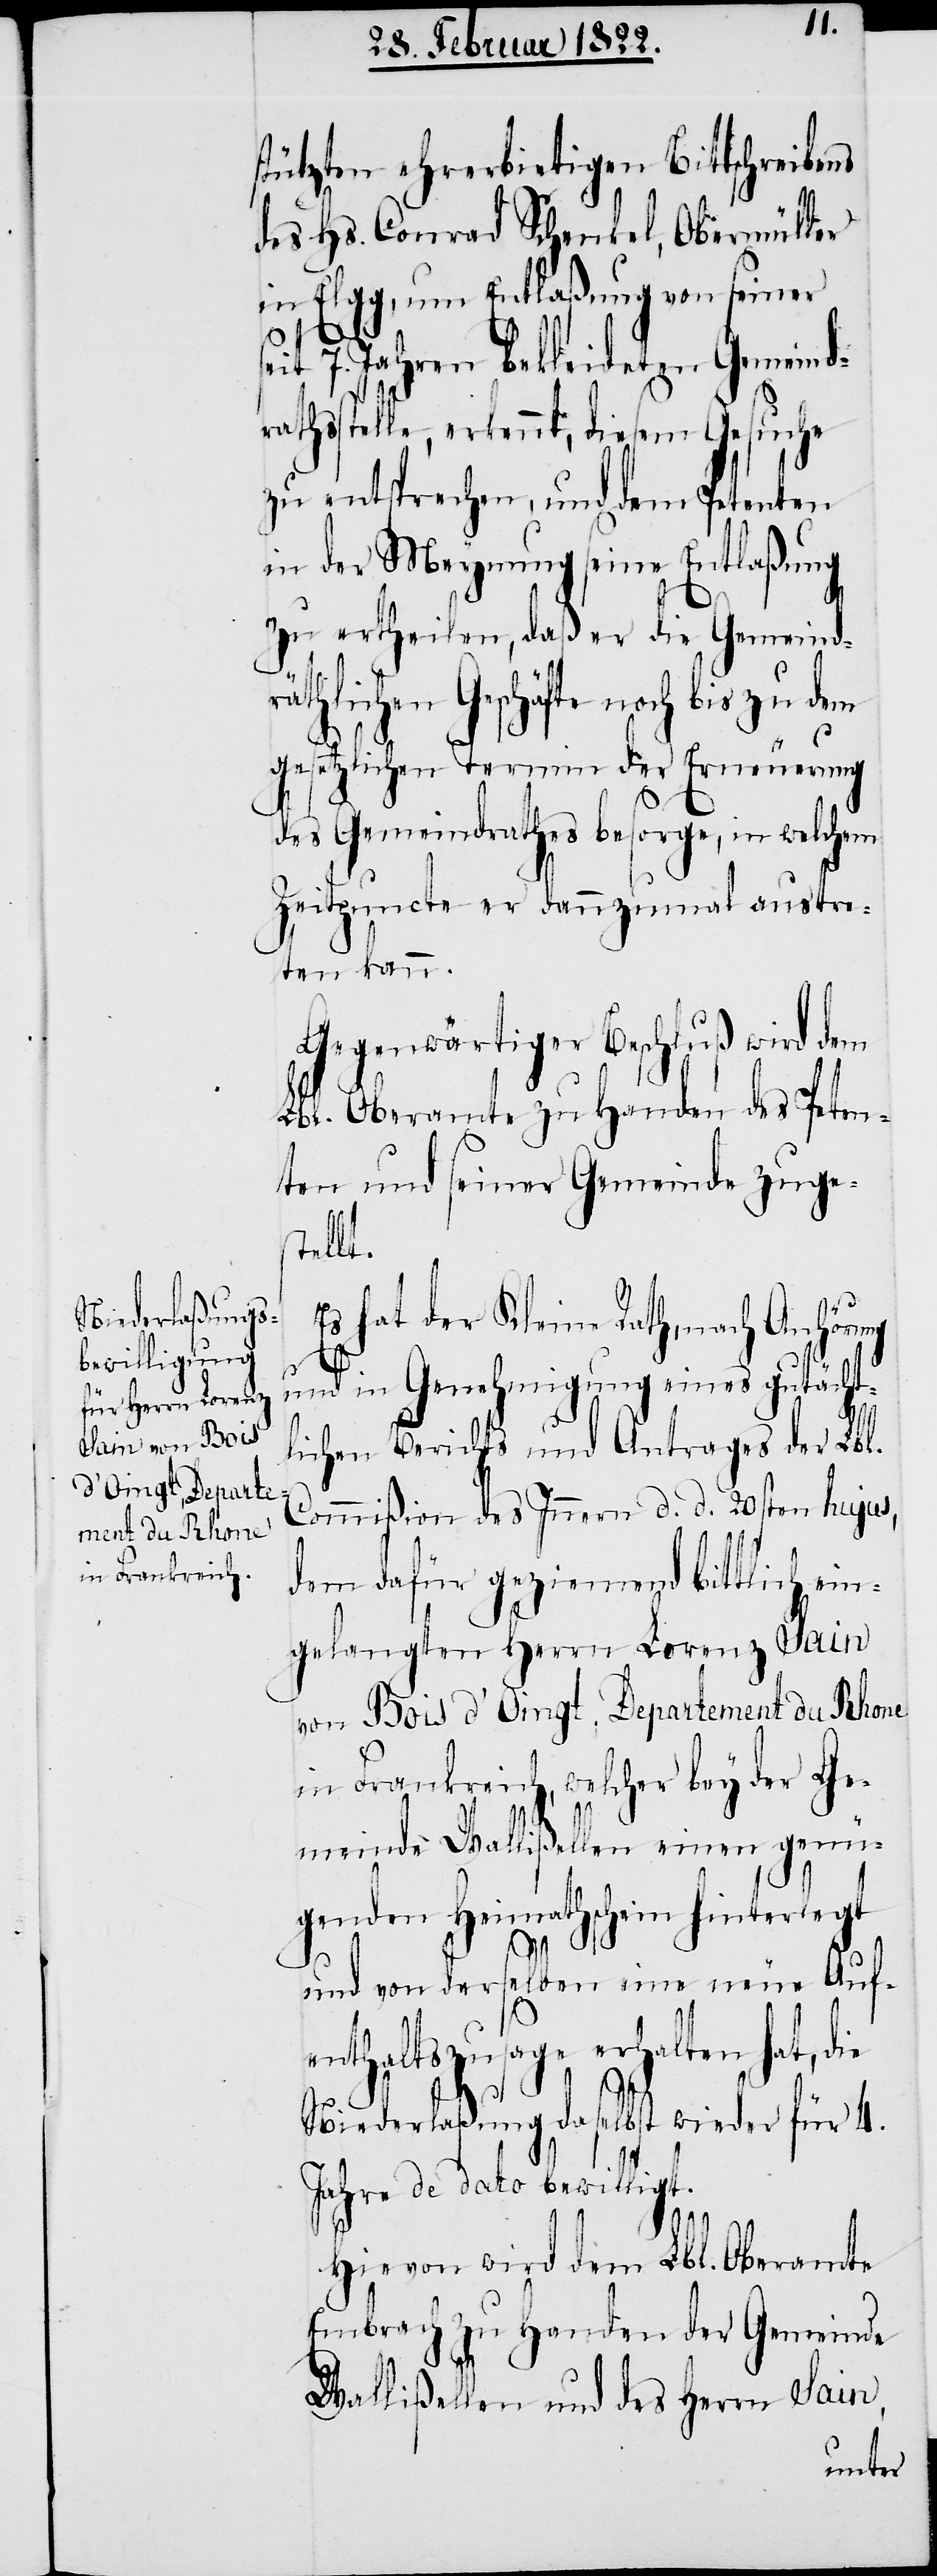
stützten ehrerbietigen Bittschreibens
des Hs. Conrad Schenkel, Obermüller
in Elgg, um Entlaßung von seiner
7. Jahren bekleideten Gemeind¬
rathsstelle, erkennt, diesem Gesuche
zu entsprechen, und dem Petenten
in der Meynung seine Entlaßung
zu ertheilen, daß er die Gemeindr¬
äthlichen Geschäfte noch
gesetzlichen Termin der Erneuerung
des Gemeindrathes besorge, in welchem
Zeitpuncte er dannzumal austre¬
ten kann.
Gegenwärtiger Beschluß wird dem
Lbl. Oberamte zu Handen des Peten¬
ten und seiner Gemeinde zuges¬
tellt.
Es hat der Kleine Rath, nach Anhörung
und in Genehmigung eines gutächt¬
lichen Berichts und Antrage der Lbl.
Commißion des Innern d. d. 20sten hujus,
dem dafür geziemend bittlich ein¬
gelangten Herrn Lorenz Sain
von Bois d’Oingt, Departement du Rhone
in Frankreich, welcher bey der Ge¬
meinde Wallißellen einen genü¬
genden Heimathschein hinterlegt
und von derselben eine neue Auf¬
enthaltszusage erhalten hat, die
Niederlaßung daselbst wieder für 3.
Jahre de dato bewilligt.
Hievon wird dem Lbl. Oberamte
Embrach zu Handen der Gemeinde
Wallißellen und des Herrn Sain,